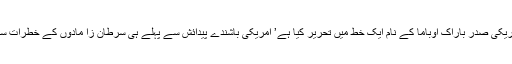
ان پروفیسروں نے امریکی صدر باراک اوباما کے نام ایک خط میں تحریر کیا ہے’ امریکی باشندے پیدائش سے پہلے ہی سرطان زا مادوں کے خطرات سے دو چار رہتے ہیں۔